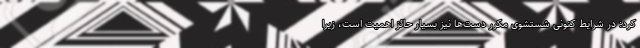
کرد: در شرایط کنونی شستشوی مکرر دست‌ها نیز بسیار حائز اهمیت است، زیرا